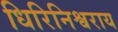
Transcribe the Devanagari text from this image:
धिरिनिश्वराय